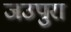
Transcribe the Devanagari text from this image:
जउपुरा